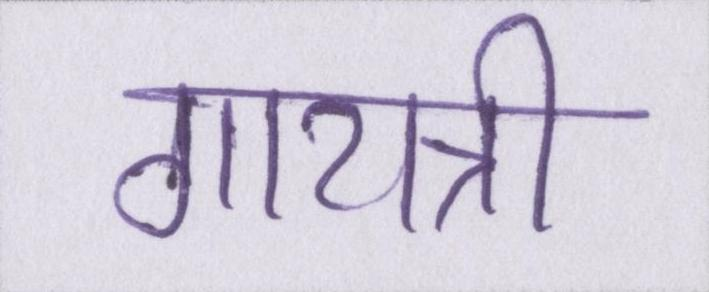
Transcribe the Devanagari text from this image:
गायत्री